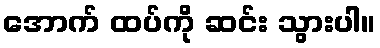
အောက် ထပ်ကို ဆင်း သွားပါ။